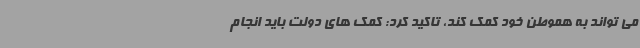
می تواند به هموطن خود کمک کند، تاکید کرد: کمک های دولت باید انجام